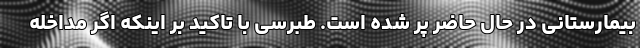
بیمارستانی در حال حاضر پر شده است. طبرسی با تاکید بر اینکه اگر مداخله‌